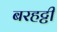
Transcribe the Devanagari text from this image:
बरहट्टी